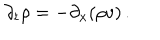
LaTeX: \partial _ { t } \rho = - \partial _ { x } ( \rho v ) \, .